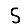
Digit: 5